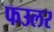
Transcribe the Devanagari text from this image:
फउलर